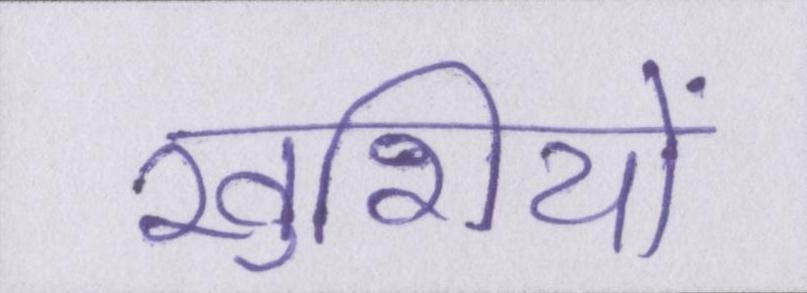
खुशियों